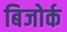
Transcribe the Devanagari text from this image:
बिजोर्क